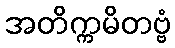
အတိက္ကမိတဗ္ဗံ